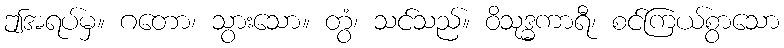
ဤအရပ်မှ။ ဂတော၊ သွားသော။ တွံ၊ သင်သည်။ ဝိသုဒ္ဓကာရီ၊ စင်ကြယ်စွာသော